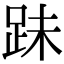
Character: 跊